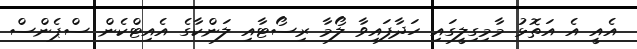
އެއީ އެ އަތޮޅު މާމިގިލީގައި ހަދާފައިވާ ލޯމާ ރިސޯޓާއި ލަންކާގެ އެއިޓްކެން ސްޕެންސް